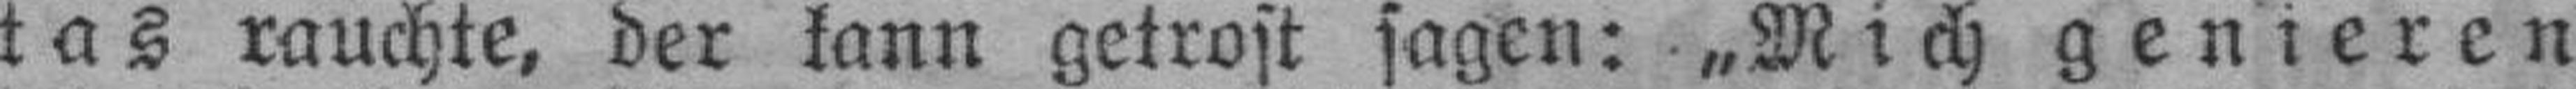
tas rauchte, der kann getrost sagen: „Mich genieren